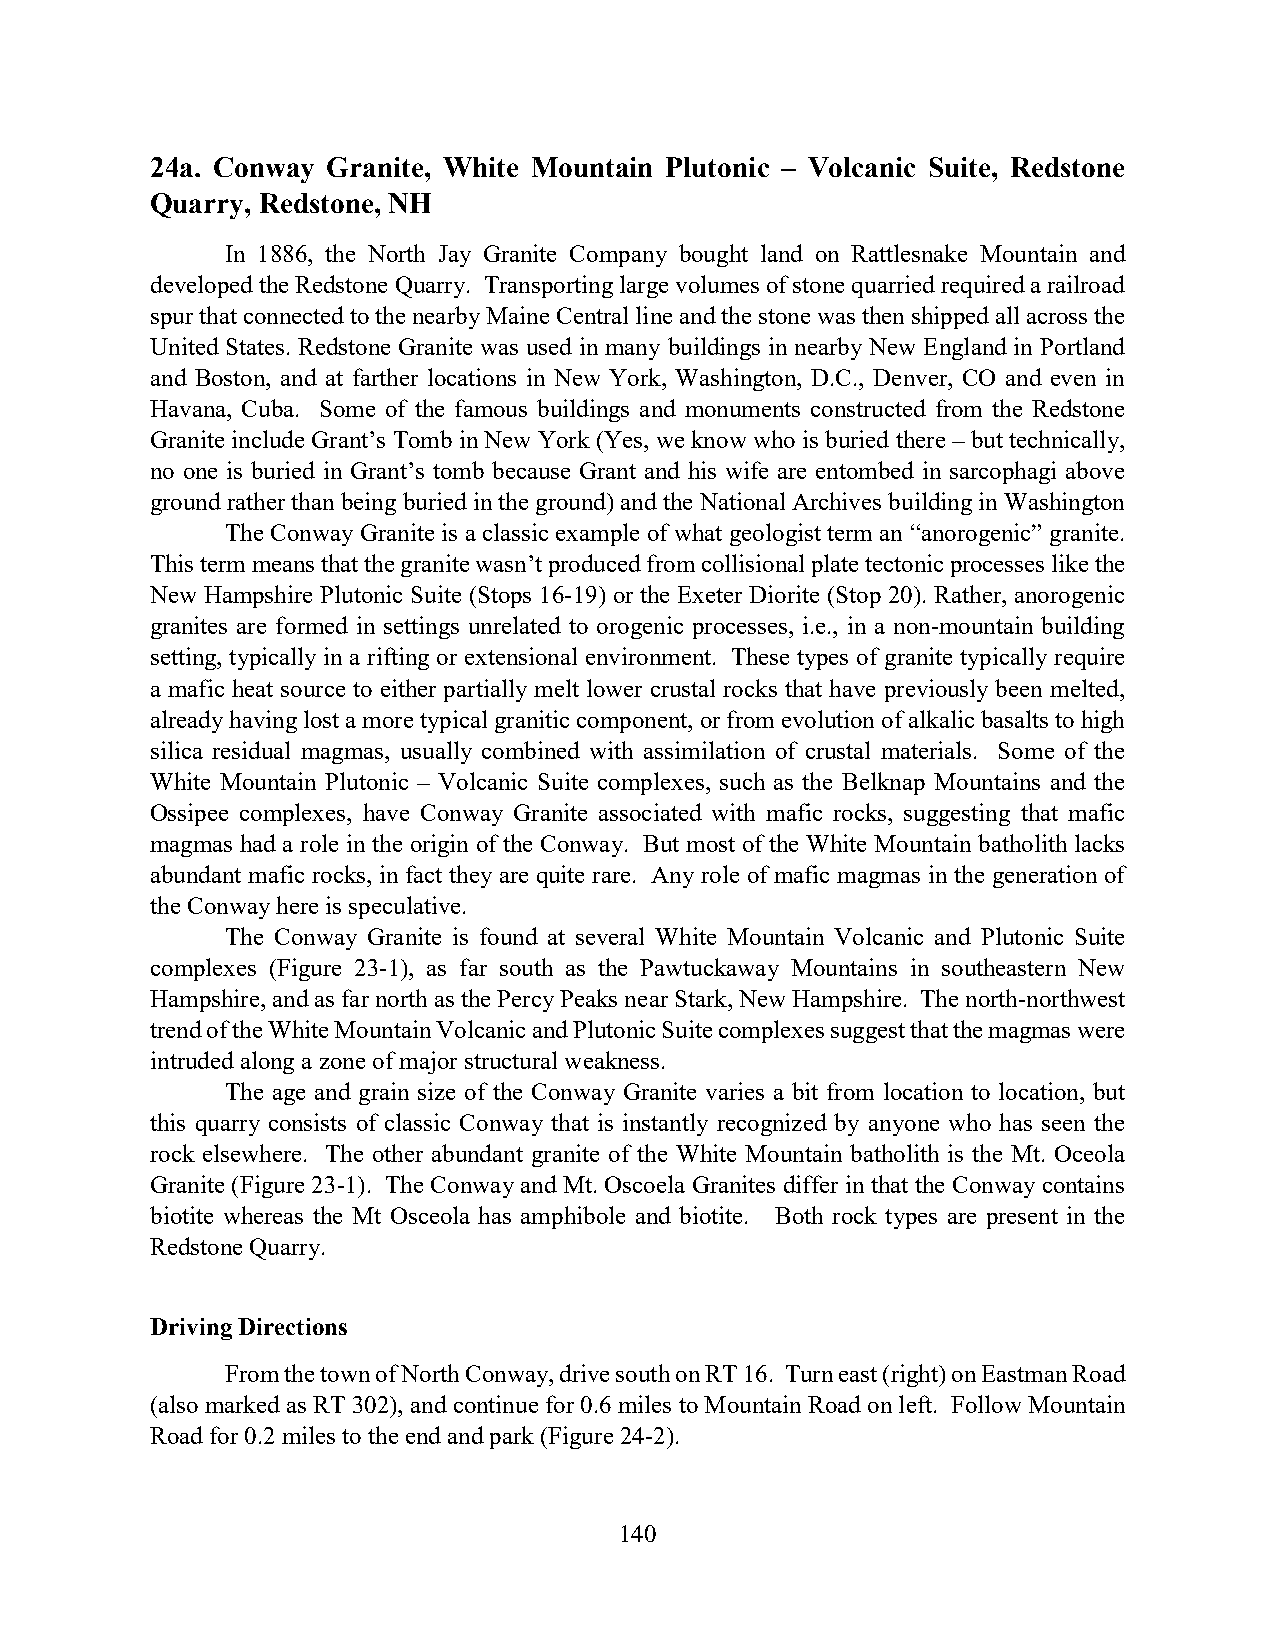
24a. Conway Granite, White Mountain Plutonic – Volcanic Suite, Redstone
 Quarry, Redstone, NH
 In 1886, the North Jay Granite Company bought land on Rattlesnake Mountain and
 developed the Redstone Quarry. Transporting large volumes of stone quarried required a railroad
 spur that connected to the nearby Maine Central line and the stone was then shipped all across the
 United States. Redstone Granite was used in many buildings in nearby New England in Portland
 and Boston, and at farther locations in New York, Washington, D.C., Denver, CO and even in
 Havana, Cuba. Some of the famous buildings and monuments constructed from the Redstone
 Granite include Grant’s Tomb in New York (Yes, we know who is buried there – but technically,
 no one is buried in Grant’s tomb because Grant and his wife are entombed in sarcophagi above
 ground rather than being buried in the ground) and the National Archives building in Washington
 The Conway Granite is a classic example of what geologist term an “anorogenic” granite.
 This term means that the granite wasn’t produced from collisional plate tectonic processes like the
 New Hampshire Plutonic Suite (Stops 16-19) or the Exeter Diorite (Stop 20). Rather, anorogenic
 granites are formed in settings unrelated to orogenic processes, i.e., in a non-mountain building
 setting, typically in a rifting or extensional environment. These types of granite typically require
 a mafic heat source to either partially melt lower crustal rocks that have previously been melted,
 already having lost a more typical granitic component, or from evolution of alkalic basalts to high
 silica residual magmas, usually combined with assimilation of crustal materials. Some of the
 White Mountain Plutonic – Volcanic Suite complexes, such as the Belknap Mountains and the
 Ossipee complexes, have Conway Granite associated with mafic rocks, suggesting that mafic
 magmas had a role in the origin of the Conway. But most of the White Mountain batholith lacks
 abundant mafic rocks, in fact they are quite rare. Any role of mafic magmas in the generation of
 the Conway here is speculative.
 The Conway Granite is found at several White Mountain Volcanic and Plutonic Suite
 complexes (Figure 23-1), as far south as the Pawtuckaway Mountains in southeastern New
 Hampshire, and as far north as the Percy Peaks near Stark, New Hampshire. The north-northwest
 trend of the White Mountain Volcanic and Plutonic Suite complexes suggest that the magmas were
 intruded along a zone of major structural weakness.
 The age and grain size of the Conway Granite varies a bit from location to location, but
 this quarry consists of classic Conway that is instantly recognized by anyone who has seen the
 rock elsewhere. The other abundant granite of the White Mountain batholith is the Mt. Oceola
 Granite (Figure 23-1). The Conway and Mt. Oscoela Granites differ in that the Conway contains
 biotite whereas the Mt Osceola has amphibole and biotite. Both rock types are present in the
 Redstone Quarry.
 Driving Directions
 From the town of North Conway, drive south on RT 16. Turn east (right) on Eastman Road
 (also marked as RT 302), and continue for 0.6 miles to Mountain Road on left. Follow Mountain
 Road for 0.2 miles to the end and park (Figure 24-2).
 140